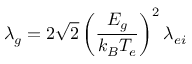
\lambda _ { g } = 2 \sqrt 2 \left( \frac { E _ { g } } { k _ { B } T _ { e } } \right) ^ { 2 } \lambda _ { e i }